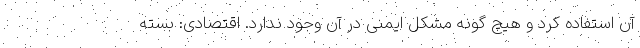
آن استفاده کرد و هیچ گونه مشکل ایمنی در آن وجود ندارد. اقتصادی: بسته